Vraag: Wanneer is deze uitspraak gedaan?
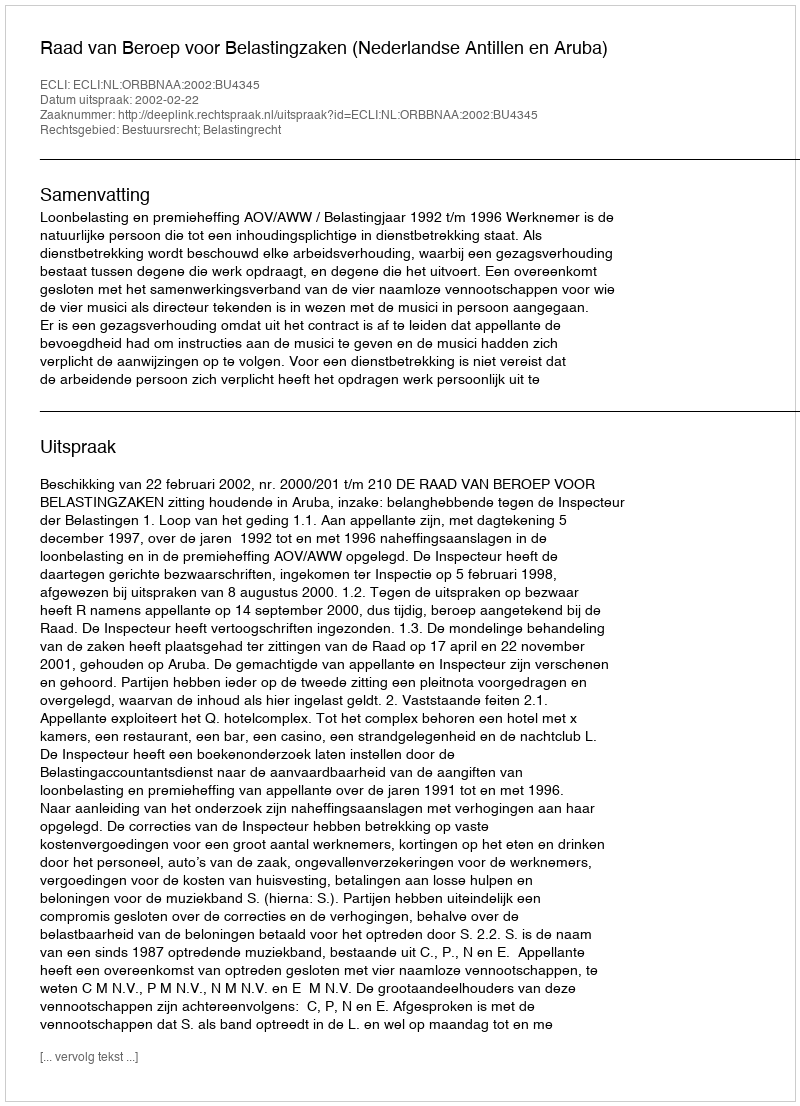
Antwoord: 2002-02-22